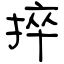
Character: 捽